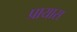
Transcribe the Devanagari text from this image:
प्रायास